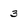
Character: 3